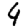
Digit: 4